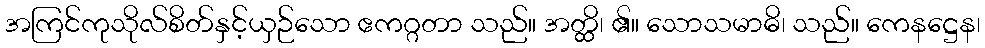
အကြင်ကုသိုလ်စိတ်နှင့်ယှဉ်သော ဧကဂ္ဂတာ သည်။ အတ္ထိ၊ ၏။ သောသမာဓိ၊ သည်။ ကေနဋ္ဌေန၊